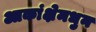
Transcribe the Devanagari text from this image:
आकांक्षेमधुन